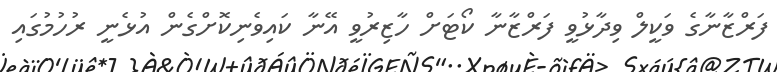
ފަރްޒާނާގެ ވަކީލް ވިދާޅުވީ ފަރްޒާނާ ކޯޓަށް ހާޒިރުވީ އޭނާ ކައިވެނިކޮށްގެން އުޅެނީ ރުހުމުގައި